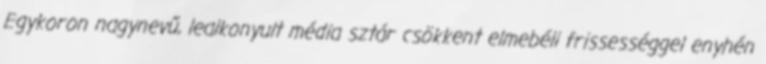
Egykoron nagynevű, lealkonyult média sztár csökkent elmebéli frissességgel enyhén